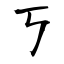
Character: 丂